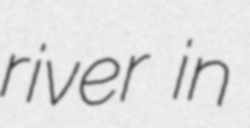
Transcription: river in